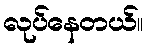
လုပ်နေတယ်။